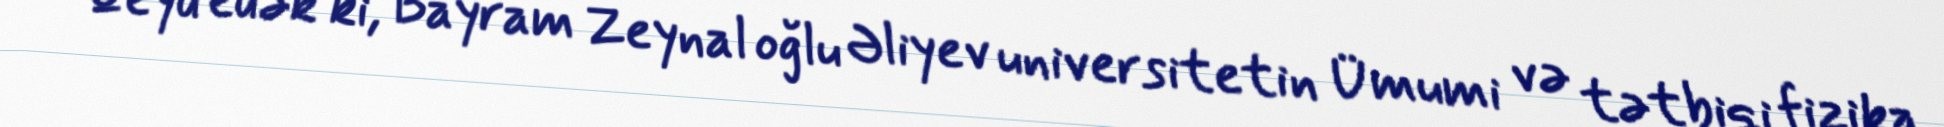
Qeyd edək ki, Bayram Zeynal oğlu Əliyev universitetin Ümumi və tətbiqi fizika